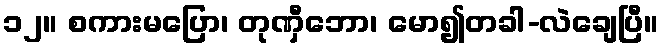
၁၂။ စကားမပြော၊ တုဏှီဘော၊ မော၍တခါ-လဲချေပြီ။